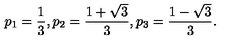
p _ { 1 } = \frac { 1 } { 3 } , p _ { 2 } = \frac { 1 + \sqrt { 3 } } { 3 } , p _ { 3 } = \frac { 1 - \sqrt { 3 } } { 3 } .